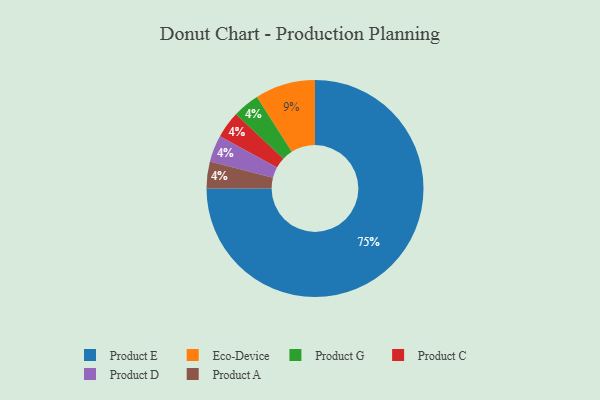
{"axis": {"x": "Category", "y": "Percentage"}, "legend": ["Eco-Device", "Product A", "Product C", "Product D", "Product E", "Product G"], "data": [{"x": "Product G", "y": 4, "type": "Product G"}, {"x": "Product C", "y": 4, "type": "Product C"}, {"x": "Product D", "y": 4, "type": "Product D"}, {"x": "Product A", "y": 4, "type": "Product A"}, {"x": "Product E", "y": 75, "type": "Product E"}, {"x": "Eco-Device", "y": 9, "type": "Eco-Device"}]}